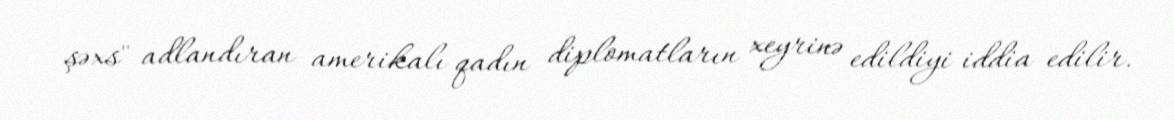
şəxs" adlandıran amerikalı qadın diplomatların xeyrinə edildiyi iddia edilir.